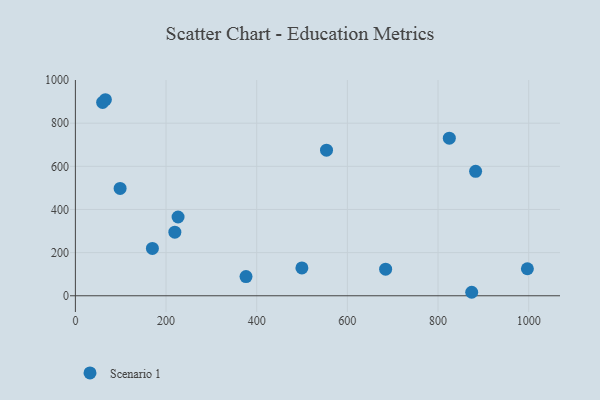
{"axis": {"x": "Engine Size", "y": "Demand"}, "legend": ["Scenario 1"], "data": [{"x": "98.7", "y": 497.4, "type": "Scenario 1"}, {"x": "226.5", "y": 365.0, "type": "Scenario 1"}, {"x": "66.2", "y": 908.7, "type": "Scenario 1"}, {"x": "997.1", "y": 125.2, "type": "Scenario 1"}, {"x": "874.3", "y": 16.2, "type": "Scenario 1"}, {"x": "169.9", "y": 219.6, "type": "Scenario 1"}, {"x": "684.4", "y": 123.4, "type": "Scenario 1"}, {"x": "824.9", "y": 730.7, "type": "Scenario 1"}, {"x": "376.4", "y": 89.0, "type": "Scenario 1"}, {"x": "219.4", "y": 295.0, "type": "Scenario 1"}, {"x": "882.9", "y": 576.8, "type": "Scenario 1"}, {"x": "60.1", "y": 896.1, "type": "Scenario 1"}, {"x": "554.0", "y": 675.0, "type": "Scenario 1"}, {"x": "499.7", "y": 129.0, "type": "Scenario 1"}]}